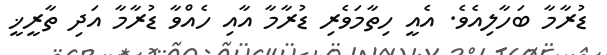
ޑުރާމާ ބަހާލިއެވެ. އެއީ ހިތާމަވެރި ޑުރާމާ އާއި ހެއްވާ ޑުރާމާ އަދި ތާރީޚީީ